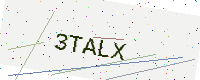
Text: 3TALX